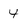
Character: 4